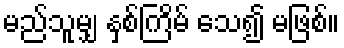
မည်သူမျှ နှစ်ကြိမ် သေ၍ မဖြစ်။